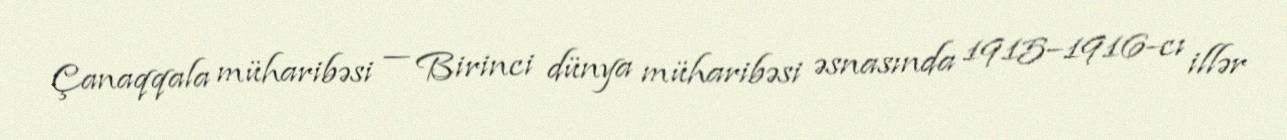
Çanaqqala müharibəsi — Birinci dünya müharibəsi əsnasında 1915–1916-cı illər